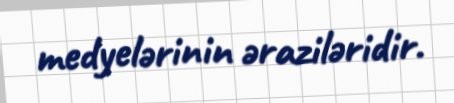
medyelərinin əraziləridir.